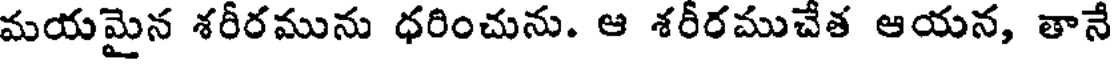
మయమైన శరీరమును ధరించును. ఆ శరీరముచేత ఆయన, తానే